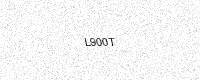
Text: L900T